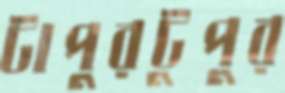
টাপুরটুপুর